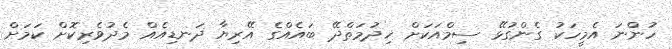
ހުންނަ އެމީހަކު ގެންގުޅޭ ސިމްއަކަށް ޚިދުމަތްދޭ ބައެއްގެ އޭރިޔާ ދަނޑިއެއް މެދުވެރިކޮށް ކަމަށް